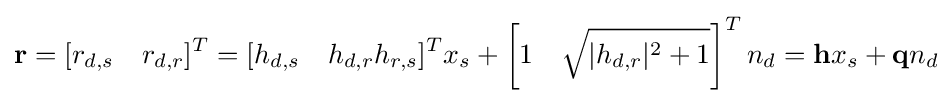
\mathbf {r} =[r_{d,s}\quad r_{d,r}]^{T}=[h_{d,s}\quad h_{d,r}h_{r,s}]^{T}x_{s}+\left[1\quad {\sqrt {|h_{d,r}|^{2}+1}}\right]^{T}n_{d}=\mathbf {h} x_{s}+\mathbf {q} n_{d}